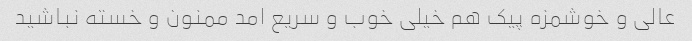
عالی و خوشمزه پیک هم خیلی خوب و سریع امد ممنون و خسته نباشید